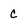
Character: C